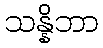
သန္နိဘာ